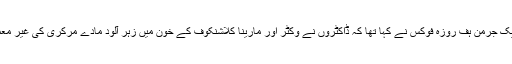
رواں ماہ کے آغاز پر ایک جرمن ہف روزہ فوکس نے کہا تھا کہ ڈاکٹروں نے وکٹر اور مارینا کلاشنکوف کے خون میں زہر آلود مادے مرکری کی غیر معمولی مقدار کا پتہ چلایا۔